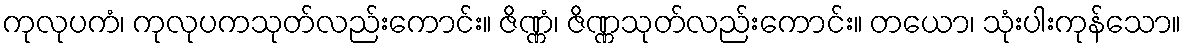
ကုလုပကံ၊ ကုလုပကသုတ်လည်းကောင်း။ ဇိဏ္ဏံ၊ ဇိဏ္ဏသုတ်လည်းကောင်း။ တယော၊ သုံးပါးကုန်သော။